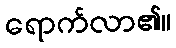
ရောက်လာ၏။